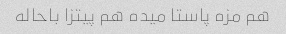
هم مزه پاستا میده هم پیتزا باحاله